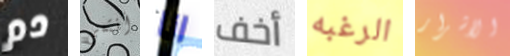
دم أنتمي انا أخف الرغبه الاشرار